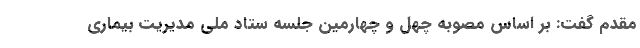
مقدم گفت: بر اساس مصوبه چهل و چهارمین جلسه ستاد ملی مدیریت بیماری